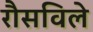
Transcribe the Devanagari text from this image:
रौसविले